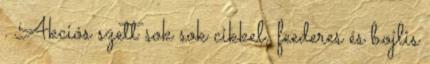
. Akciós szett sok sok cikkel, feederes és bojlis